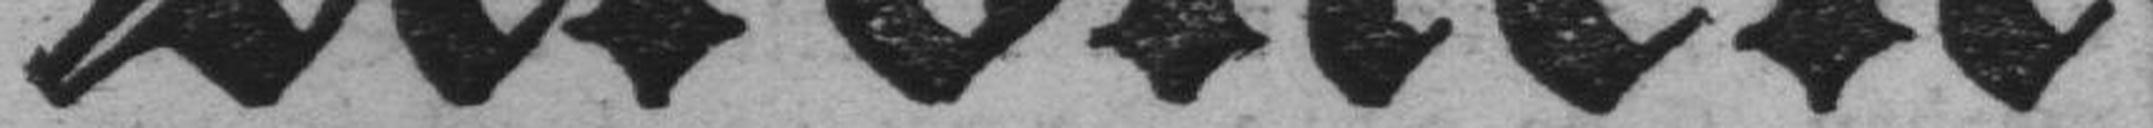
Kronen